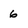
Character: 6